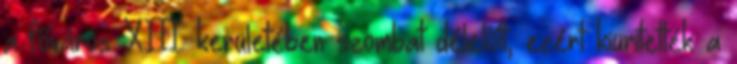
a főváros XIII. kerületében szombat délelőtt, ezért kiürítették a